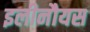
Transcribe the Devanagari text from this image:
इलीनौयस